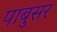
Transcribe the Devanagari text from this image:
पाबुसर